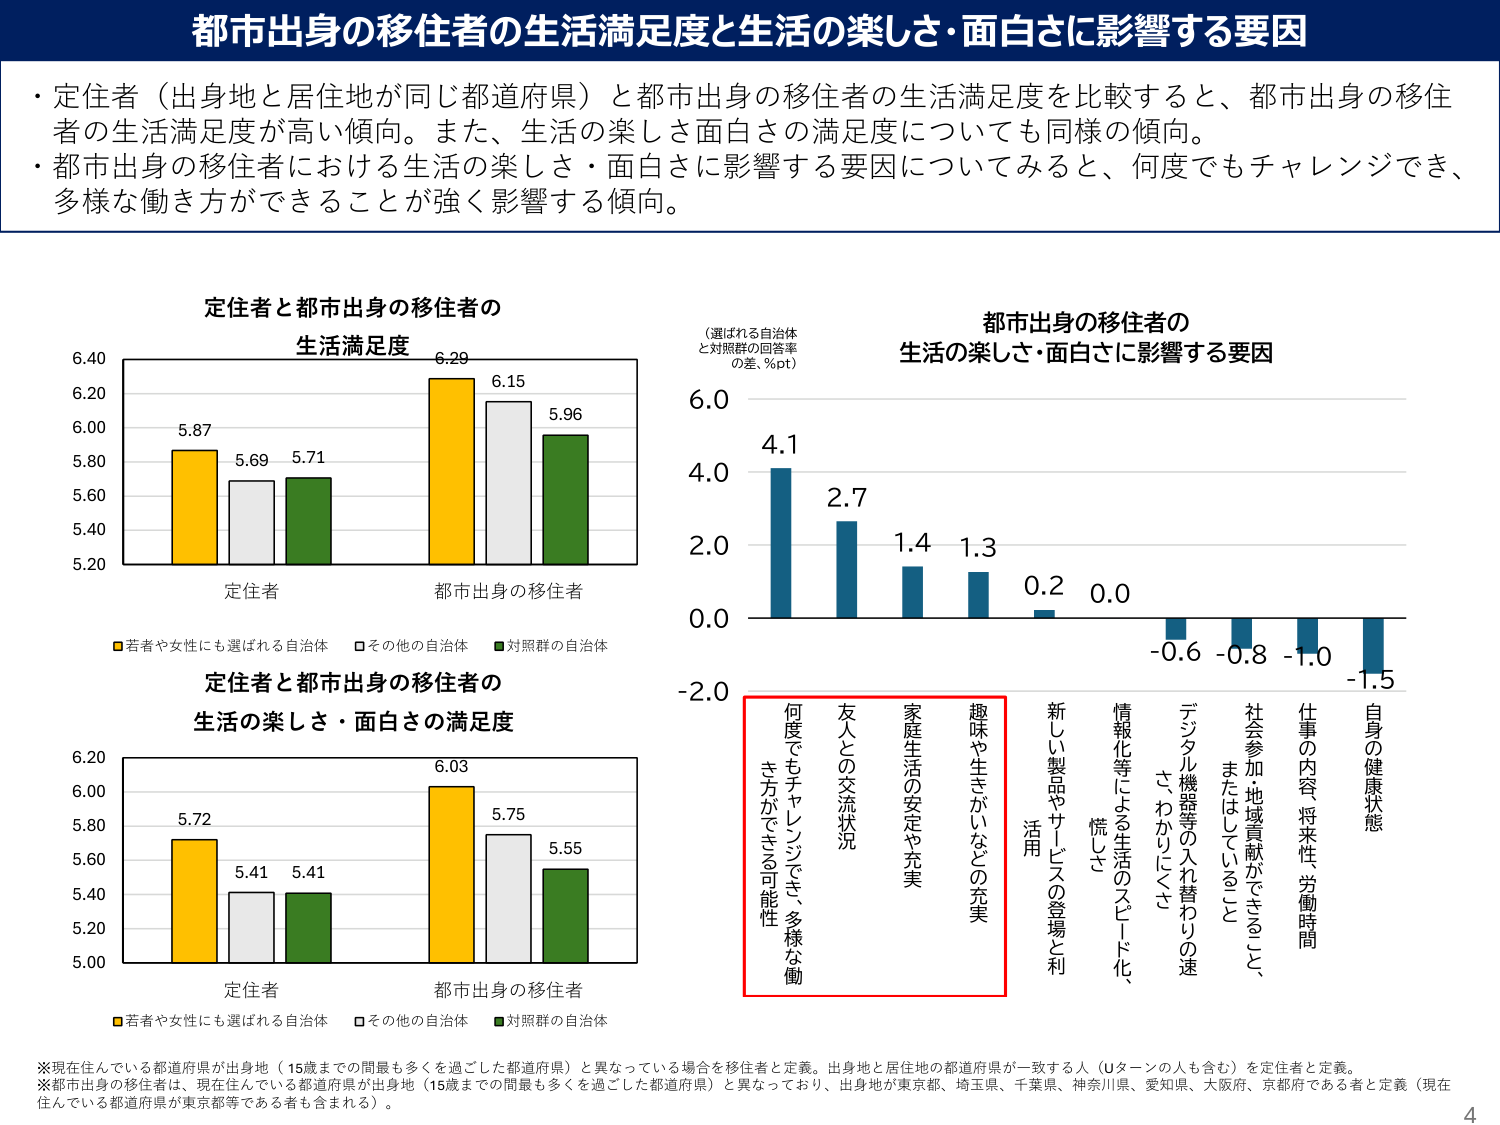
都市出身の移住者の生活満足度と生活の楽しさ・面白さに影響する要因

・定住者（出身地と居住地が同じ都道府県）と都市出身の移住者の生活満足度を比較すると、都市出身の移住者の生活満足度が高い傾向。また、生活の楽しさ面白さの満足度についても同様の傾向。
・都市出身の移住者における生活の楽しさ・面白さに影響する要因についてみると、何度でもチャレンジでき、多様な働き方ができることに強く影響する傾向。

定住者と都市出身の移住者の
生活満足度
（選ばれる自治体
と対照群の回答率
の差、%pt）

6.40
6.20
6.00
5.80
5.60
5.40
5.20

5.87
5.69
5.71
6.20
6.15
5.96

定住者
都市出身の移住者

■若者や女性にも選ばれる自治体
□その他の自治体
■対照群の自治体

都市出身の移住者の
生活の楽しさ・面白さに影響する要因

6.0
4.0
2.0
0.0
-2.0

4.1
2.7
1.4
1.3
0.2
0.0
-0.6
-0.8
-1.0
-1.5

何度でもチャレンジでき、多様な働き方ができる可能性
友人との交流状況
家庭生活の安定や充実
趣味や生きがいなどの充実
新しい製品やサービスの登場と利活用
情報化等による生活のスピード化、慌しさ
デジタル機器等の入れ替わりの速さ、わかりにくさ
社会参加・地域貢献かまわない、またはしていないう
仕事の内容・将来性・労働時間
自身の健康状態

定住者と都市出身の移住者の
生活の楽しさ・面白さの満足度

6.20
6.00
5.80
5.60
5.40
5.20
5.00

5.72
5.41
5.41
6.03
5.75
5.55

定住者
都市出身の移住者

■若者や女性にも選ばれる自治体
□その他の自治体
■対照群の自治体

※現在住んでいる都道府県が出身地（15歳までの間最も多くを過ごした都道府県）と異なっている場合を移住者と定義。出身地と居住地の都道府県が一致する人（Uターンの人も含む）を定住者と定義。
※都市出身の移住者は、現在住んでいる都道府県が出身地（15歳までの間最も多くを過ごした都道府県）と異なっており、出身地が東京都、埼玉県、千葉県、神奈川県、愛知県、大阪府、京都府である者と定義（現在住んでいる都道府県が東京都等である者も含まれる）。

4